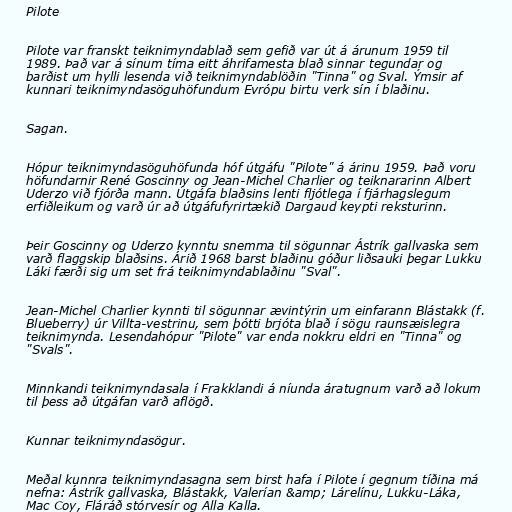
Pilote

Pilote var franskt teiknimyndablað sem gefið var út á árunum 1959 til
1989. Það var á sínum tíma eitt áhrifamesta blað sinnar tegundar og
barðist um hylli lesenda við teiknimyndablöðin "Tinna" og Sval. Ýmsir af
kunnari teiknimyndasöguhöfundum Evrópu birtu verk sín í blaðinu.

Sagan.

Hópur teiknimyndasöguhöfunda hóf útgáfu "Pilote" á árinu 1959. Það voru
höfundarnir René Goscinny og Jean-Michel Charlier og teiknararinn Albert
Uderzo við fjórða mann. Útgáfa blaðsins lenti fljótlega í fjárhagslegum
erfiðleikum og varð úr að útgáfufyrirtækið Dargaud keypti reksturinn.

Þeir Goscinny og Uderzo kynntu snemma til sögunnar Ástrík gallvaska sem
varð flaggskip blaðsins. Árið 1968 barst blaðinu góður liðsauki þegar Lukku
Láki færði sig um set frá teiknimyndablaðinu "Sval".

Jean-Michel Charlier kynnti til sögunnar ævintýrin um einfarann Blástakk (f.
Blueberry) úr Villta-vestrinu, sem þótti brjóta blað í sögu raunsæislegra
teiknimynda. Lesendahópur "Pilote" var enda nokkru eldri en "Tinna" og
"Svals".

Minnkandi teiknimyndasala í Frakklandi á níunda áratugnum varð að lokum
til þess að útgáfan varð aflögð.

Kunnar teiknimyndasögur.

Meðal kunnra teiknimyndasagna sem birst hafa í Pilote í gegnum tíðina má
nefna: Ástrík gallvaska, Blástakk, Valerían &amp; Lárelínu, Lukku-Láka,
Mac Coy, Fláráð stórvesír og Alla Kalla.